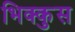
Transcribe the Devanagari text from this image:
भिक्कुस